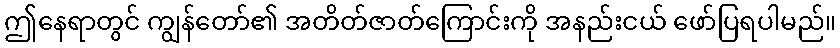
ဤနေရာတွင် ကျွန်တော်၏ အတိတ်ဇာတ်ကြောင်းကို အနည်းငယ် ဖော်ပြရပါမည်။